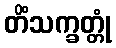
တိံသက္ခတ္တုံ